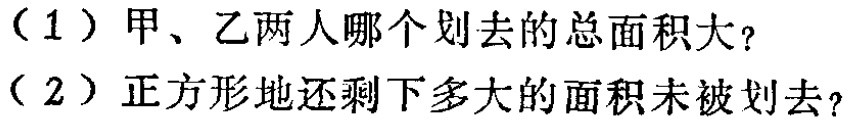
（1）甲、乙两人哪个划去的总面积大？

（2）正方形地还剩下多大的面积未被划去？